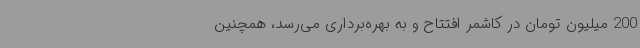
200 میلیون تومان در کاشمر افتتاح و به بهره‌برداری می‌رسد، همچنین